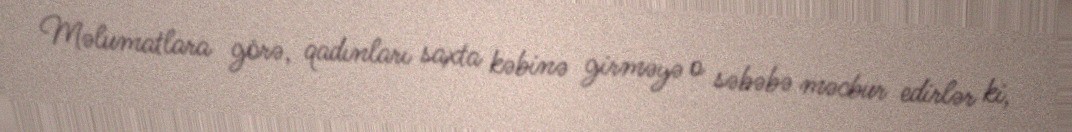
Məlumatlara görə, qadınları saxta kəbinə girməyə o səbəbə məcbur edirlər ki,